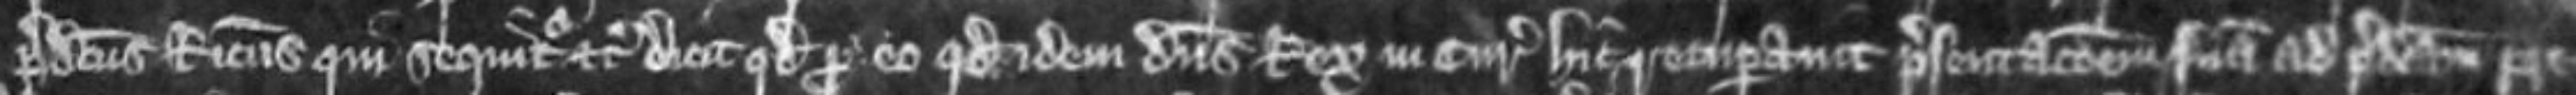
predictus Ricardus qui sequitur etc dicit quod pro eo quod idem dominus rex in curia hic recuperavit presentationem suam ad predictam pre